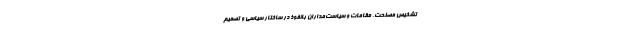
تشخيص مصلحت، مقامات و سياست‌مداران بانفوذ در ساختار سياسي و تصميم